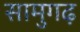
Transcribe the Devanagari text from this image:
सामुगढ़